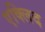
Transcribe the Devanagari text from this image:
एक्लिद